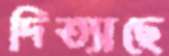
দিত্যাছে